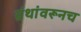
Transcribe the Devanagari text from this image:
ग्रंथांवरूनच